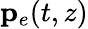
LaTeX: {\mathbf p}_{e}(t,z)